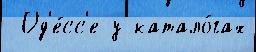
 Од'е́сс'е у катало́гах